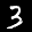
Label: 3